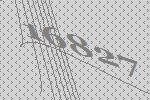
16827